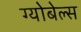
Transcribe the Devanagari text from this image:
ग्योबेल्स